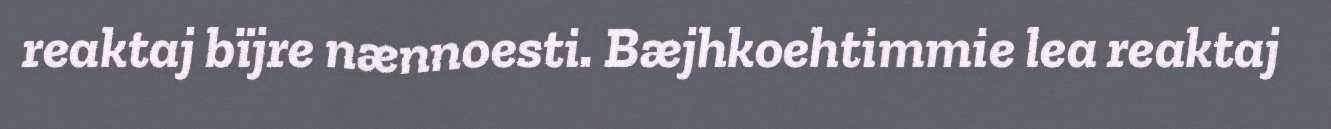
reaktaj bïjre nænnoesti. Bæjhkoehtimmie lea reaktaj